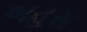
બહસ